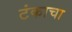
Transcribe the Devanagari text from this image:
टंकाचा